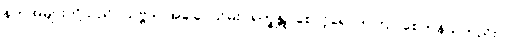
နတ်အများတို့သည်။ သဗ္ဗဒါ၊ အခါခပ်သိမ်း။ ရက္ခန္တု၊ စောင့်ရှောက်ကြပါစေကုန်သတည်း။